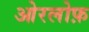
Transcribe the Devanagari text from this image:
ओरलोफ़